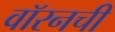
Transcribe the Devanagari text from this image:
वॉरनची